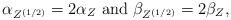
LaTeX: \begin{align*}\alpha_{Z^{(1/2)}}=2\alpha_{Z} {\rm \ and\ } \beta_{Z^{(1/2)}}=2\beta_{Z}, \end{align*}